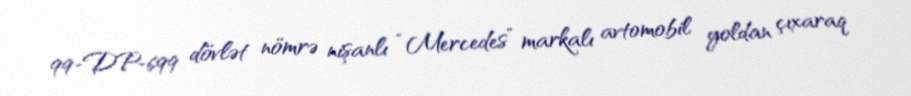
99-DP-699 dövlət nömrə nişanlı “Mercedes” markalı avtomobil yoldan çıxaraq